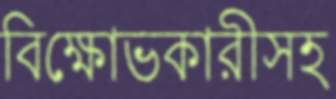
বিক্ষোভকারীসহ